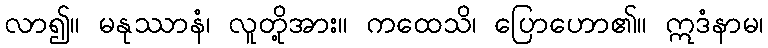
လာ၍။ မနုဿာနံ၊ လူတို့အား။ ကထေသိ၊ ပြောဟော၏။ ဣဒံနာမ၊